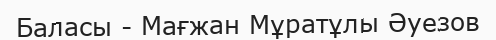
Баласы - Мағжан Мұратұлы Әуезов